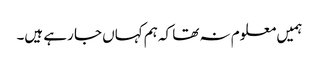
ہمیں معلوم نہ تھا کہ ہم کہاں جا رہے ہیں۔